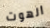
الهوت